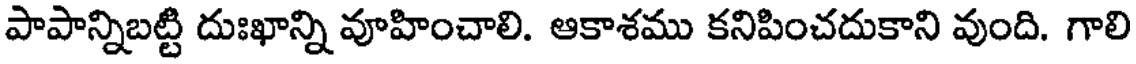
పాపాన్నిబట్టి దుఃఖాన్ని వూహించాలి. ఆకాశము కనిపించదుకాని వుంది. గాలి